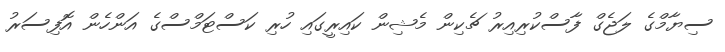
ސިޔާމްގެ ލަޖެގް ފާސްކުރިއިރު ޗެކިން މެޝިން ކައިރީގައި ހުރި ކަސްޓަމްސްގެ އަންހެން އޮފިސަރު